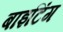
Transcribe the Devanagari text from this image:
बाइटिंग